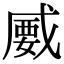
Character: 𢧦